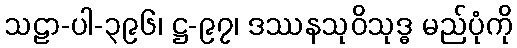
သဠာ-ပါ-၃၉၆၊ ဋ္ဌ-၉၇၊ ဒဿနသုဝိသုဒ္ဓ မည်ပုံကို